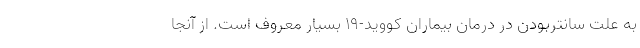
به علت سانتربودن در درمان بیماران کووید-۱۹ بسیار معروف است. از آنجا